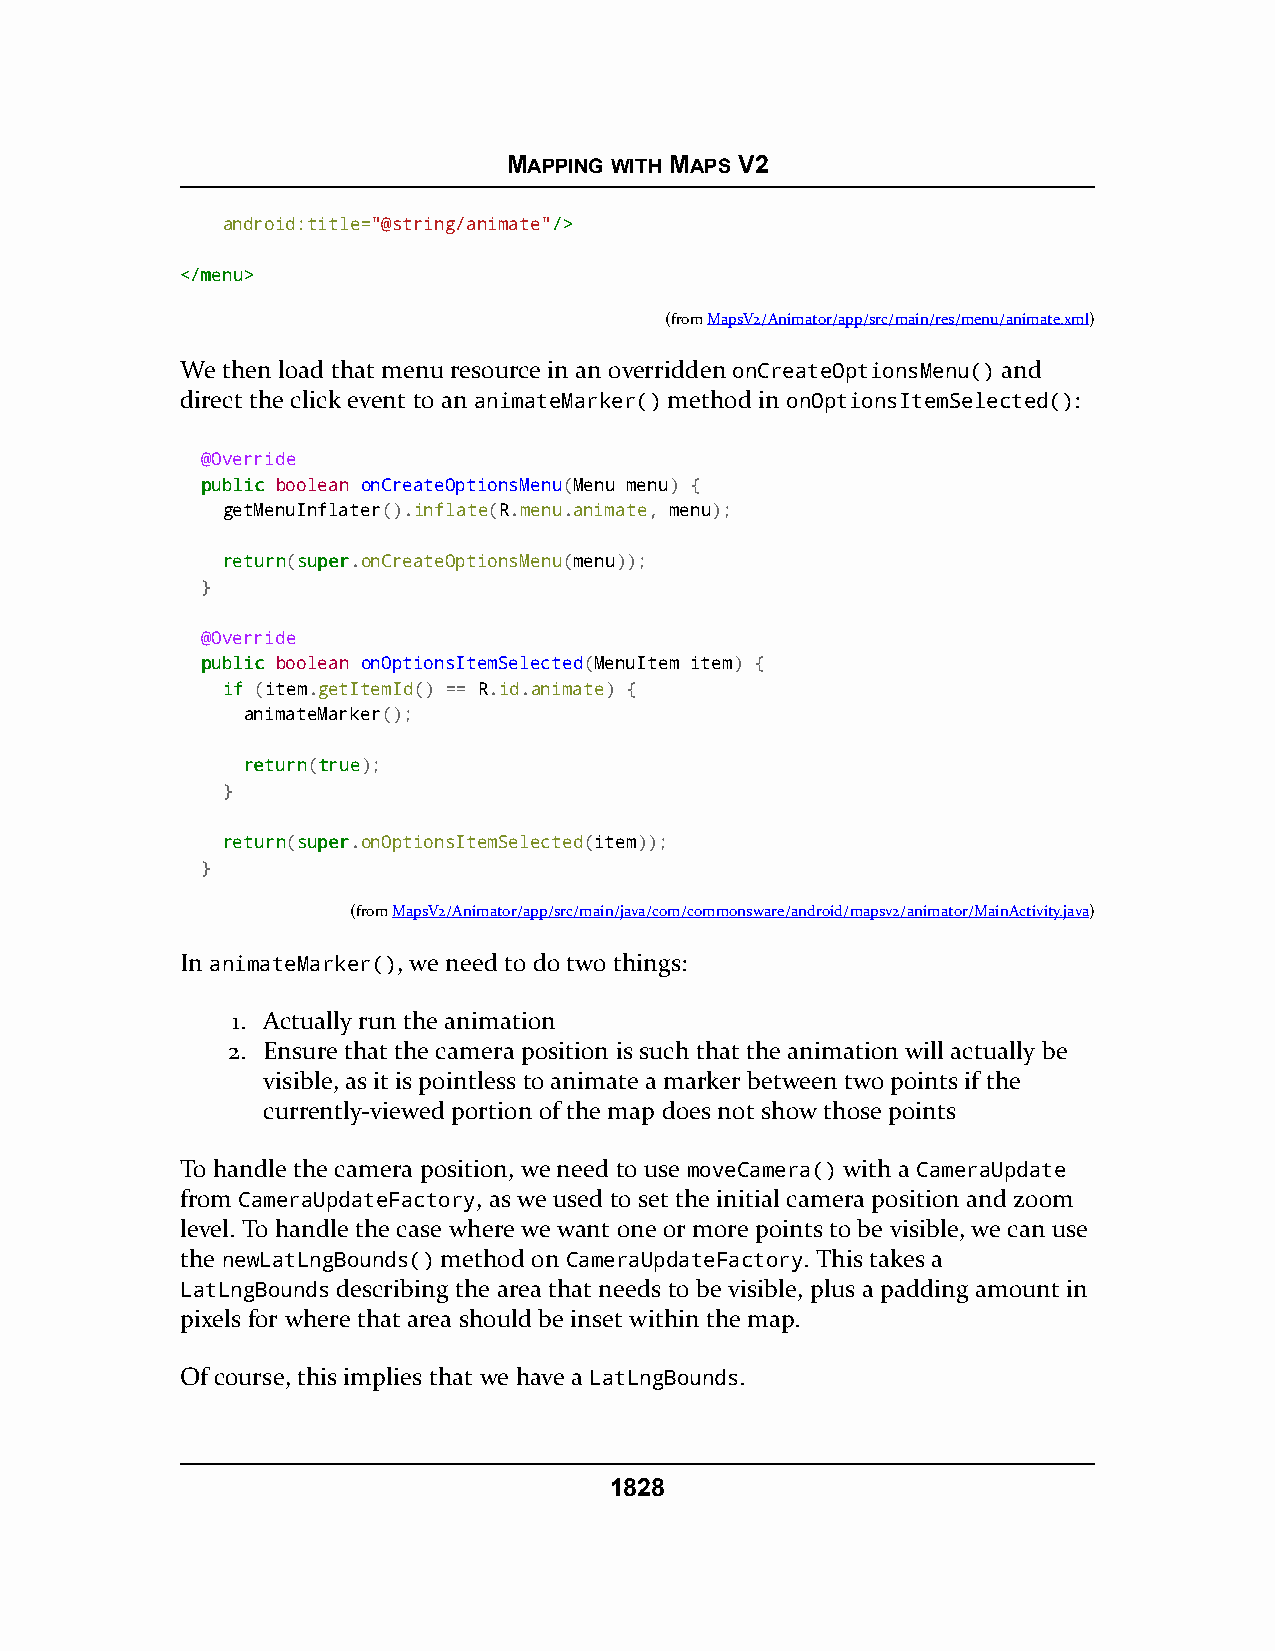
MAPPING WITH MAPS V2
 android:title="@string/animate"//>>
 <<//mmeennuu>>
 (fromMapsV2/Animator/app/src/main/res/menu/animate.xml)
 We then load that menu resource in an overridden onCreateOptionsMenu() and
 direct the click event to an animateMarker() method in onOptionsItemSelected():
 @Override
 ppuubblliicc boolean onCreateOptionsMenu(Menu menu) {
 getMenuInflater().inflate(R.menu.animate, menu);
 rreettuurrnn(ssuuppeerr.onCreateOptionsMenu(menu));
 }
 @Override
 ppuubblliicc boolean onOptionsItemSelected(MenuItem item) {
 iiff (item.getItemId() == R.id.animate) {
 animateMarker();
 rreettuurrnn(ttrruuee);
 }
 rreettuurrnn(ssuuppeerr.onOptionsItemSelected(item));
 }
 (fromMapsV2/Animator/app/src/main/java/com/commonsware/android/mapsv2/animator/MainActivity.java)
 In animateMarker(), we need to do two things:
 1. Actually run the animation
 2. Ensure that the camera position is such that the animation will actually be
 visible, as it is pointless to animate a marker between two points if the
 currently-viewed portion of the map does not show those points
 To handle the camera position, we need to use moveCamera() with a CameraUpdate
 from CameraUpdateFactory, as we used to set the initial camera position and zoom
 level. To handle the case where we want one or more points to be visible, we can use
 the newLatLngBounds() method on CameraUpdateFactory. This takes a
 LatLngBounds describing the area that needs to be visible, plus a padding amount in
 pixels for where that area should be inset within the map.
 Of course, this implies that we have a LatLngBounds.
 1828